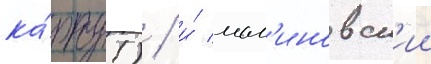
ка́рту!) / и́ мал'иновск'ии